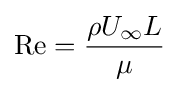
\mathrm {Re} ={\frac {\rho U_{\infty }L}{\mu }}